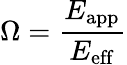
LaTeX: \Omega=\frac{E_{\mathrm{app}}}{E_{\mathrm{eff}}}